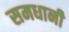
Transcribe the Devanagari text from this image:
समधानी